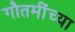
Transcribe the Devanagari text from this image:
गौतमींच्या